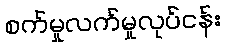
စက်မှုလက်မှုလုပ်ငန်း